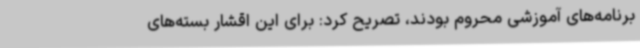
برنامه‌های آموزشی محروم بودند، تصریح کرد: برای این اقشار بسته‌های